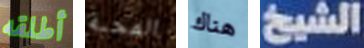
أطلقه المحبة هناك الشيخ